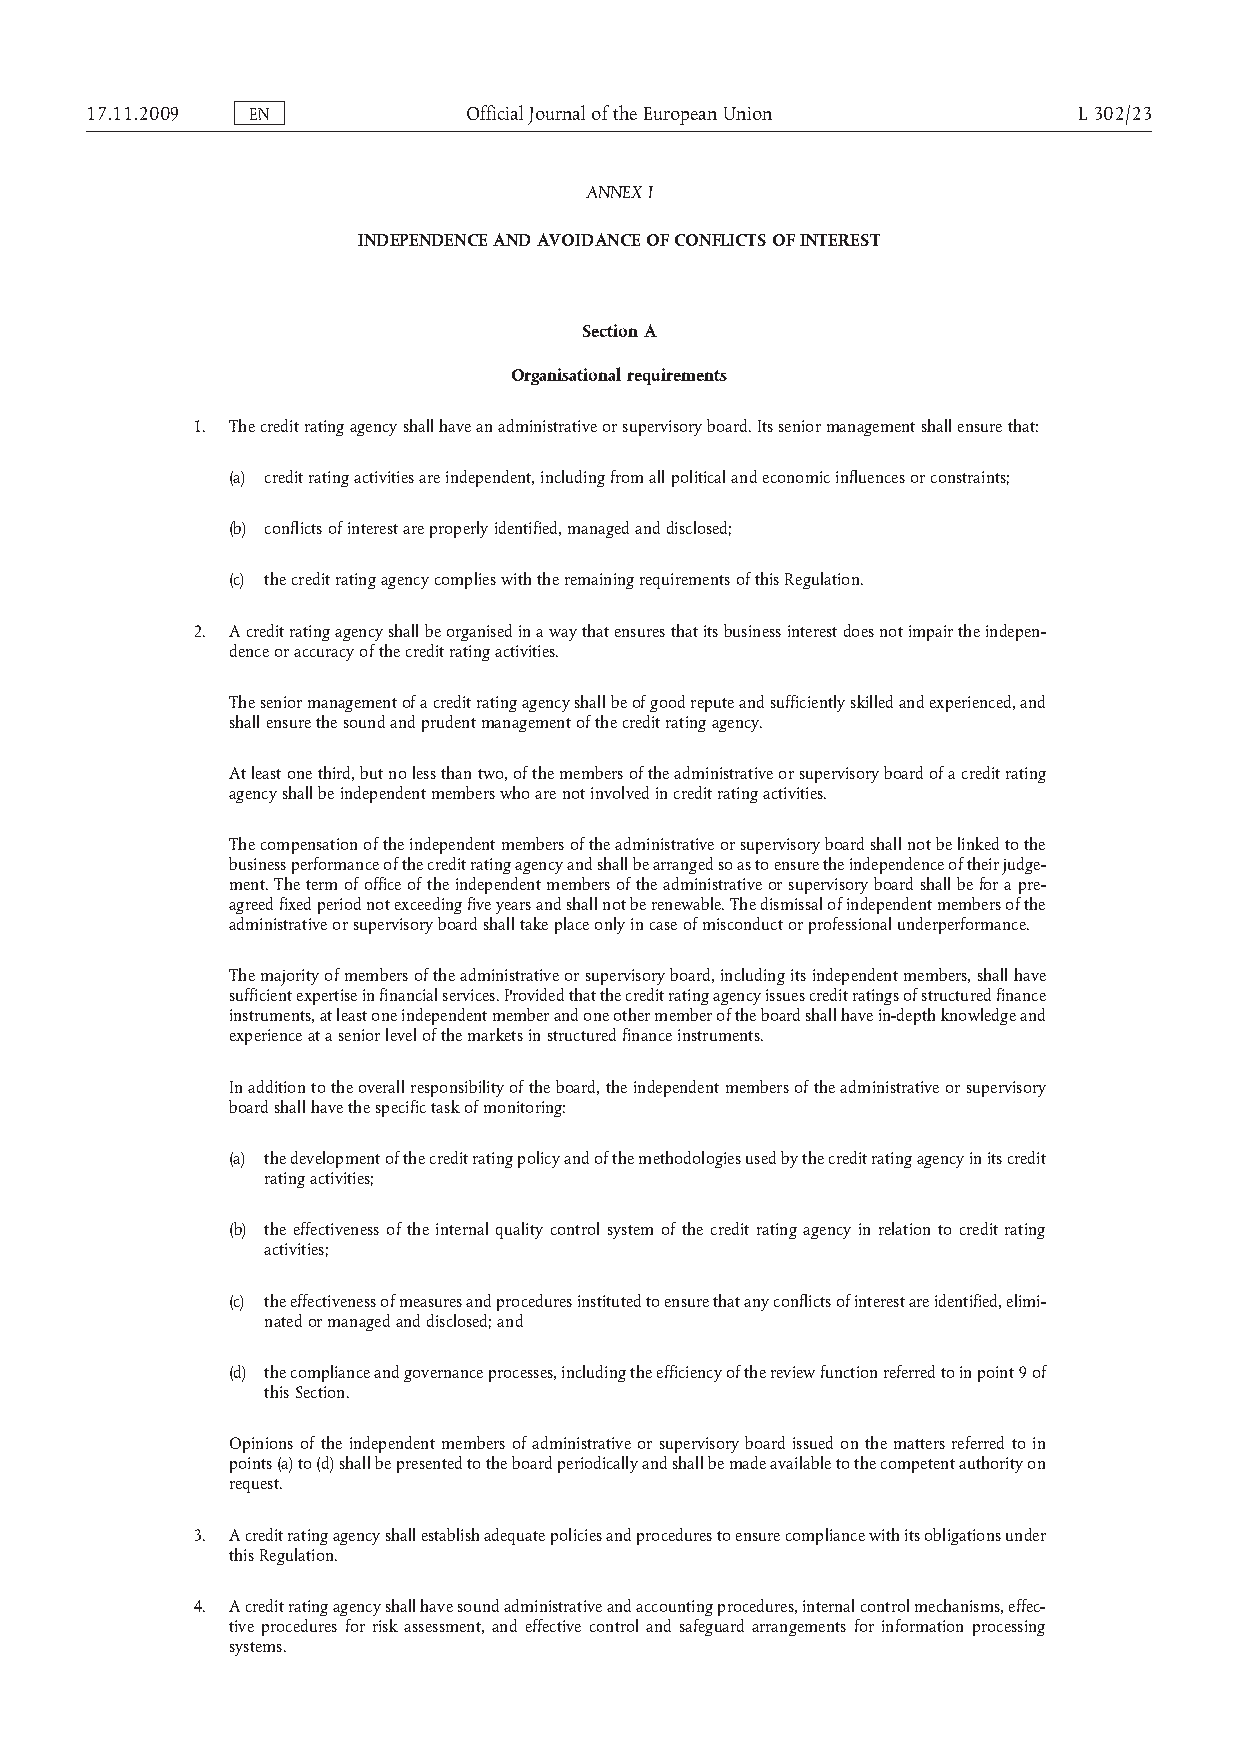
17.11.2009 EN            OfficialJournaloftheEuropeanUnion       L302/23
 ANNEX I
 INDEPENDENCE AND AVOIDANCE OF CONFLICTS OF INTEREST
 Section A
 Organisational requirements
 1. The credit rating agency shall have an administrative or supervisory board. Its senior management shall ensure that:
 (a) credit rating activities are independent, including from all political and economic influences or constraints;
 (b) conflicts of interest are properly identified, managed and disclosed;
 (c) the credit rating agency complies with the remaining requirements of this Regulation.
 2. A credit rating agency shall be organised in a way that ensures that its business interest does not impair the indepen­
 dence or accuracy of the credit rating activities.
 The senior management of a credit rating agency shall be of good repute and sufficiently skilled and experienced, and
 shall ensure the sound and prudent management of the credit rating agency.
 At least one third, but no less than two, of the members of the administrative or supervisory board of a credit rating
 agency shall be independent members who are not involved in credit rating activities.
 The compensation of the independent members of the administrative or supervisory board shall not be linked to the
 business performance of the credit rating agency and shall be arranged so as to ensure the independence of their judge­
 ment. The term of office of the independent members of the administrative or supervisory board shall be for a pre-
 agreed fixed period not exceeding five years and shall not be renewable. The dismissal of independent members of the
 administrative or supervisory board shall take place only in case of misconduct or professional underperformance.
 The majority of members of the administrative or supervisory board, including its independent members, shall have
 sufficient expertise in financial services. Provided that the credit rating agency issues credit ratings of structured finance
 instruments, at least one independent member and one other member of the board shall have in-depth knowledge and
 experience at a senior level of the markets in structured finance instruments.
 In addition to the overall responsibility of the board, the independent members of the administrative or supervisory
 board shall have the specific task of monitoring:
 (a) the development of the credit rating policy and of the methodologies used by the credit rating agency in its credit
 rating activities;
 (b) the effectiveness of the internal quality control system of the credit rating agency in relation to credit rating
 activities;
 (c) the effectiveness of measures and procedures instituted to ensure that any conflicts of interest are identified, elimi­
 nated or managed and disclosed; and
 (d) the compliance and governance processes, including the efficiency of the review function referred to in point 9 of
 this Section.
 Opinions of the independent members of administrative or supervisory board issued on the matters referred to in
 points (a) to (d) shall be presented to the board periodically and shall be made available to the competent authority on
 request.
 3. A credit rating agency shall establish adequate policies and procedures to ensure compliance with its obligations under
 this Regulation.
 4. A credit rating agency shall have sound administrative and accounting procedures, internal control mechanisms, effec­
 tive procedures for risk assessment, and effective control and safeguard arrangements for information processing
 systems.